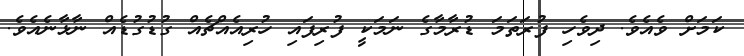
ކަމަށް ވެއެވެ. ދިވެހި ފުރަތަމަ ޑުރާމާގެ ނަމަކީ ފުރިފައި ހުރިއެއްޗެއް ގުޑުގުޑެއް ނާޅާނެއެވެ.